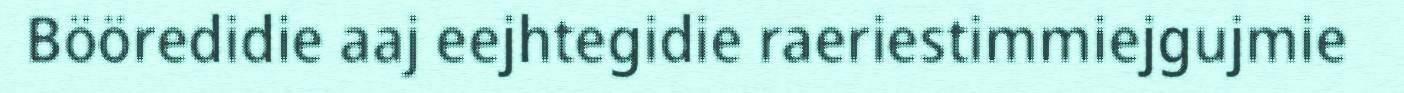
Bööredidie aaj eejhtegidie raeriestimmiejgujmie